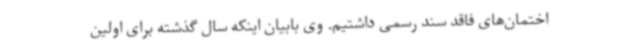
اختمان‌های فاقد سند رسمی داشتیم. وی بابیان اینکه سال گذشته برای اولین